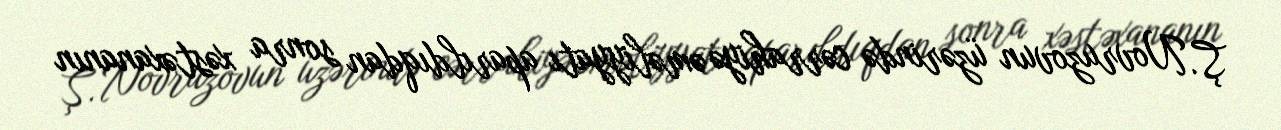
Ş. Novruzovun üzərində cərrahiyə əməliyyatı aparıldıqdan sonra xəstəxananın